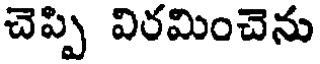
చెప్పి విరమించెను